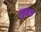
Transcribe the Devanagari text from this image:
ख़ुशक